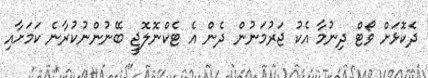
ދެކޮޅަށް ވޯޓް ދިނުމާ އެކު ޖަރުމަނުން ދެން އެ ޓެކްނޮލޮޖީ ބޭނުންނުކުރާނެ ކަމަށާއި